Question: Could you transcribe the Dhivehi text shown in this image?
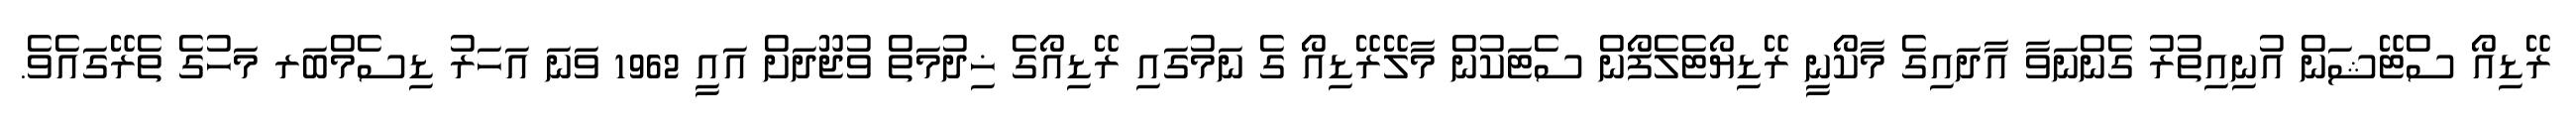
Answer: ރޭޑިއޯ ސްޓޭޝަން އުނިއިތުރު ގެންނަވާ އާދައިގެ މާކޯނީ ރޭޑިޔޯޓެލެފޯން ސެޓަކުން މާލޭރޭޑިއޯ ގެ ނަމުގައި ރޭޑިއޯގެ ޚިދުމަތް ވުޖޫދަށް އައީ 1962 ވަނަ އަހަރު ޑިސެމްބަރ މަހުގެ ތެރޭގައެވެ.